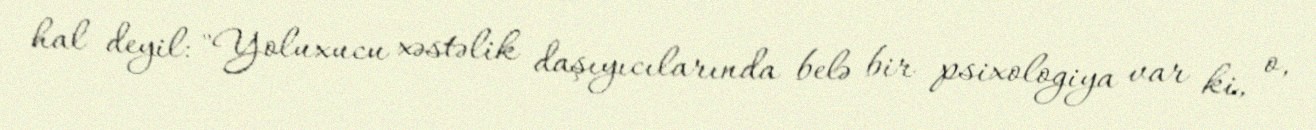
hal deyil: "Yoluxucu xəstəlik daşıyıcılarında belə bir psixologiya var ki, o,